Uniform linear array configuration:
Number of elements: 24
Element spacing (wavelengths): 0.75
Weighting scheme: cosine
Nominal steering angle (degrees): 60
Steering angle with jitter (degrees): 59.53
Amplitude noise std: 0.05
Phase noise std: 0.05

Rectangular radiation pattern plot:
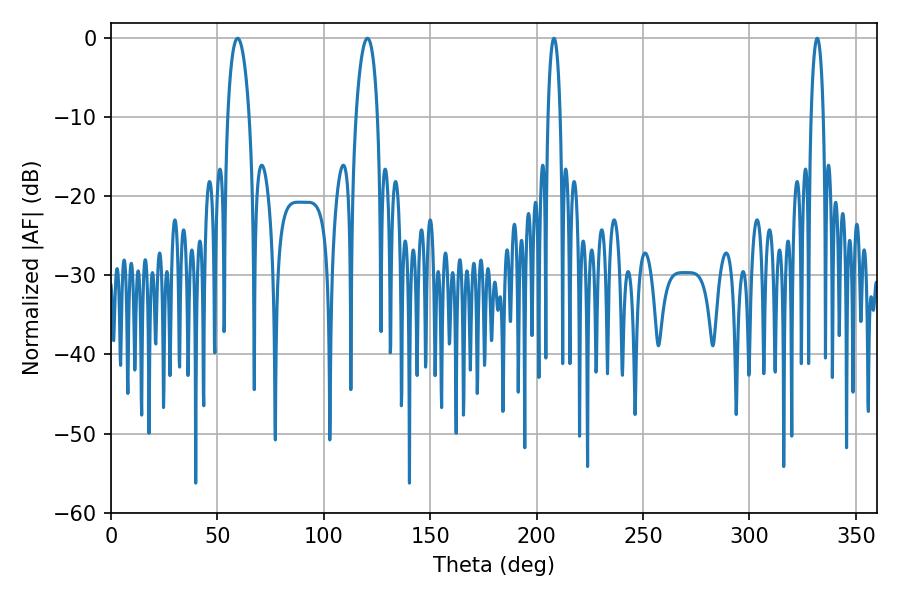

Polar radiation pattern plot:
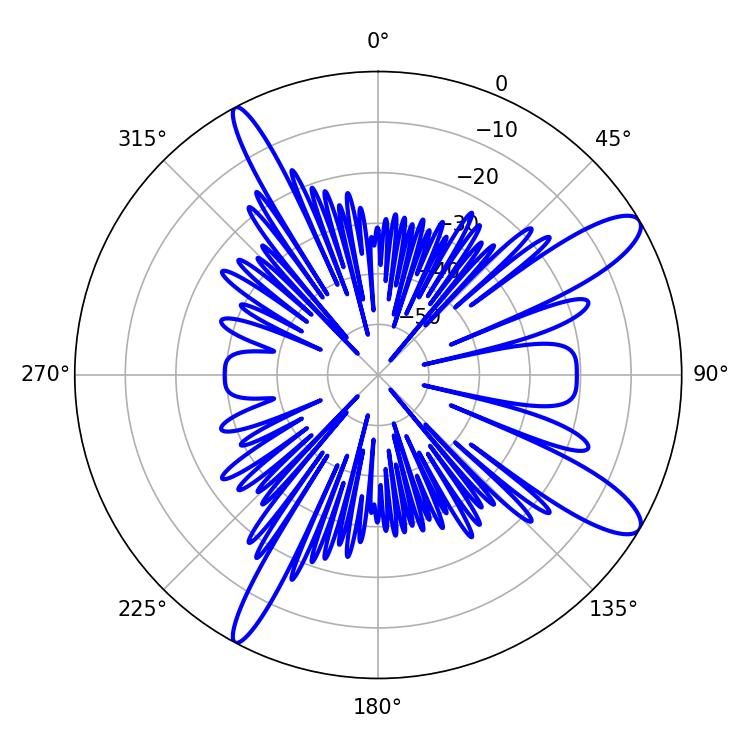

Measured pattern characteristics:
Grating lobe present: TRUE
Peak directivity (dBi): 11.821
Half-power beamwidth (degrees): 5.76
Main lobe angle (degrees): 59.58